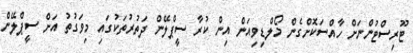
ޓޫރިސްޓުންނަށް ހާއްސަކޮށްގެން މޯލްޑިވިއަން އިން ކުރާ ސީޕްލޭން ދަތުރުތަކުގައި މިވަގުތު އަށް ސީޕްލޭން